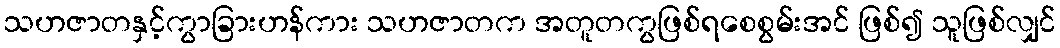
သဟဇာတနှင့်ကွာခြားဟန်ကား သဟဇာတက အတူတကွဖြစ်ရစေစွမ်းအင် ဖြစ်၍ သူဖြစ်လျှင်